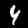
Digit: 4